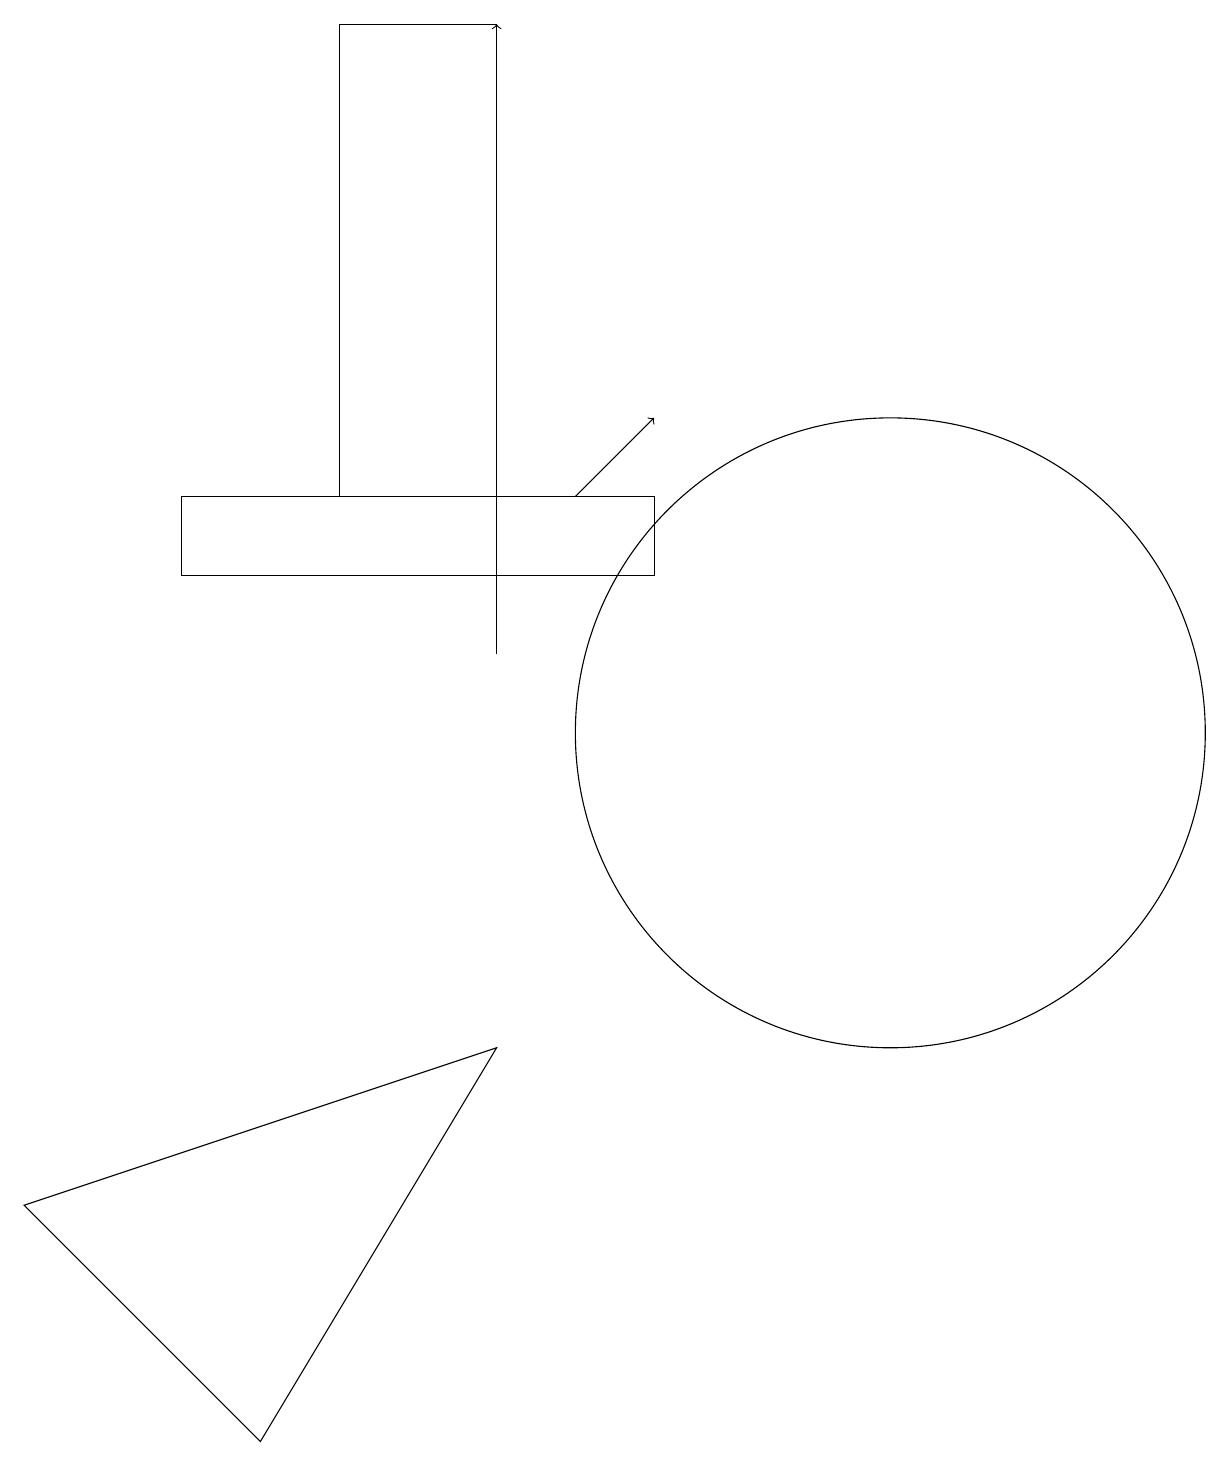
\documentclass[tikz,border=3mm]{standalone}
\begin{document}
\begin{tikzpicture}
\draw[->] (8,13) -- (9,14);
\draw (7,19) rectangle (5,13);
\draw (12,10) circle (4);
\draw (9,13) rectangle (3,12);
\draw (4,1) -- (7,6) -- (1,4) -- cycle;
\draw[->] (7,11) -- (7,19);
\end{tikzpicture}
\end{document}